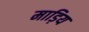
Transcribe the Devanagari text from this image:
माड़िय